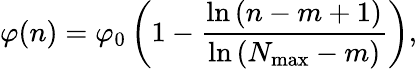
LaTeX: \varphi(n)=\varphi_{0}\left(1-\frac{\ln{(n-m+1)}}{\ln{(N_{\mathrm{max}}-m)}}\right),